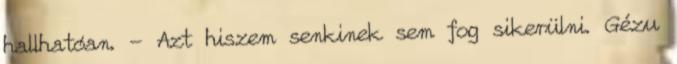
hallhatóan. - Azt hiszem senkinek sem fog sikerülni. Gézu